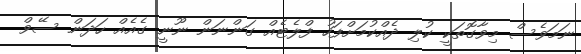
ނަމަވެސް މިވާގޮތަކީ ކުލި ދެއްކުމަށްފަހު ފްލެޓެއް ގަންނަން ނޫނީ ގެއެއް ހަދަން ސޭވް